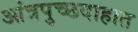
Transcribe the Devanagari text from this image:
आंत्रपुच्छदाहात